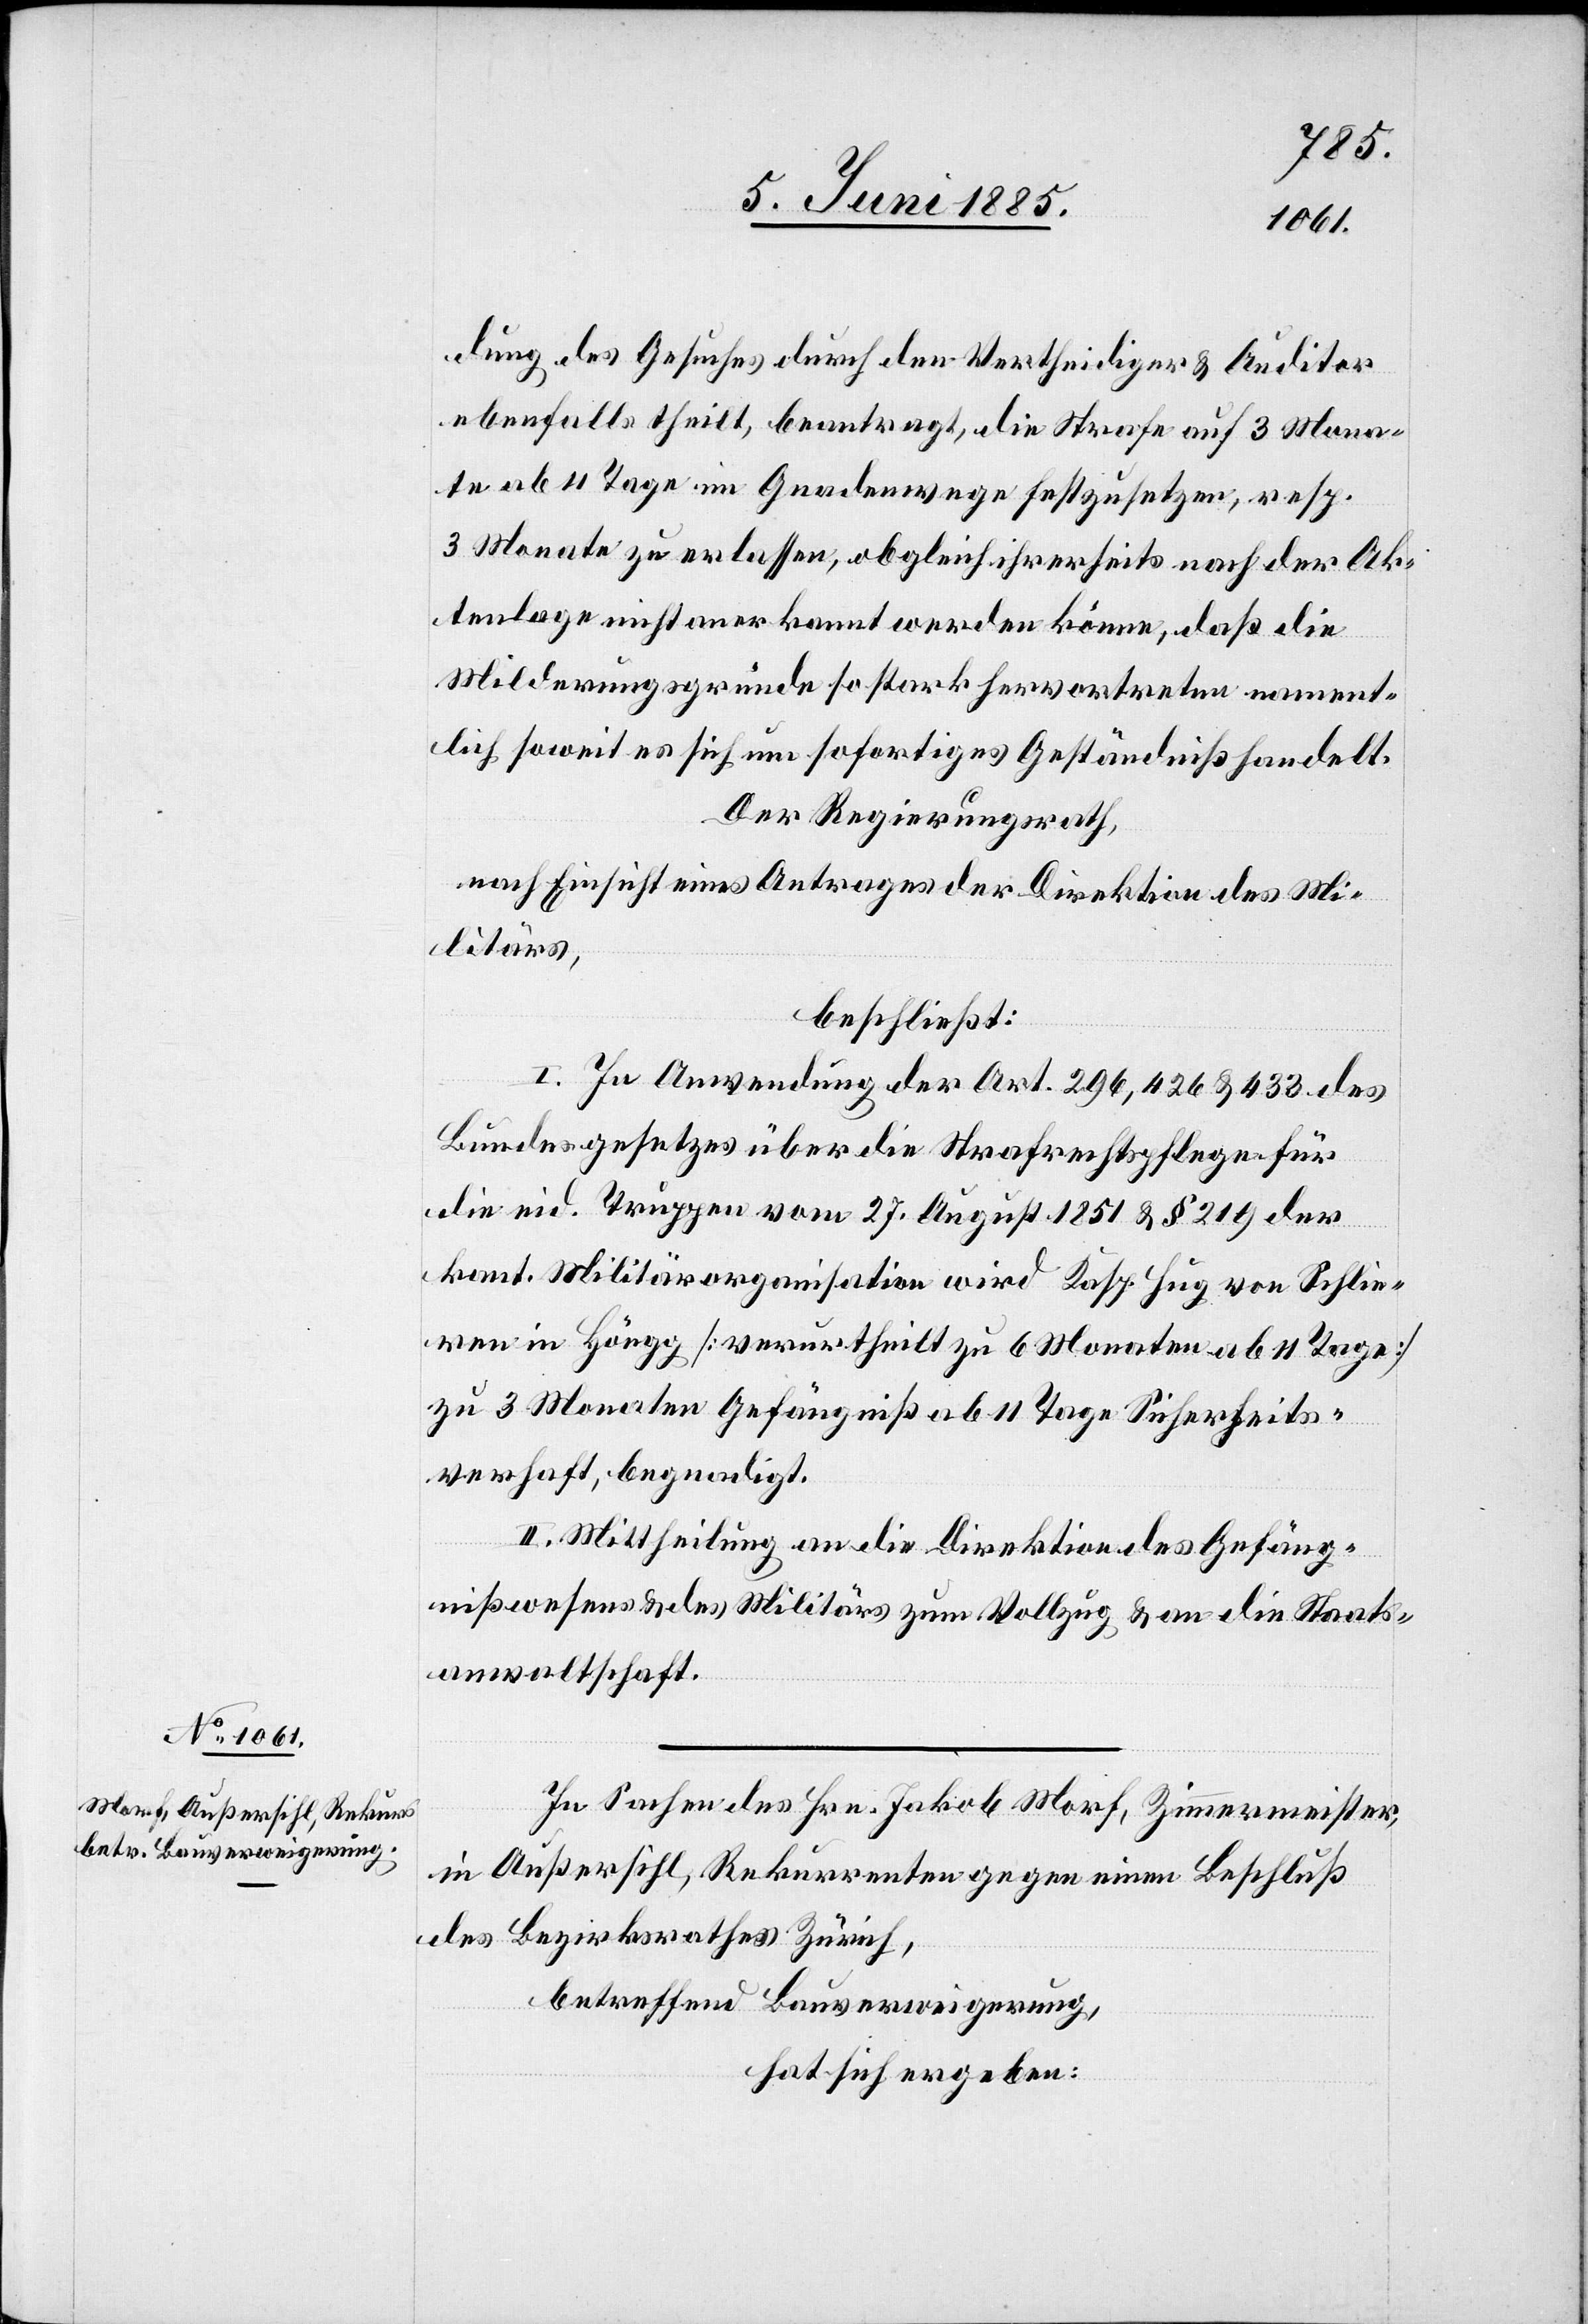
dung des Gesuches durch den Vertheidiger & Auditor
ebenfalls theilt, beantragt, die Strafe auf 3 Mona¬
te ab 4 Tage im Gnadenwege festzusetzen, resp.
3 Monate zu erlassen, obgleich ihrerseits nach der Ak¬
tenlage nicht anerkannt werden könne, daß die
Milderungsgründe so stark hervortreten nament¬
lich soweit es sich um sofortiges Geständniß handelt.
Der Regierungsrath,
nach Einsicht eines Antrages der Direktion des Mi¬
litärs,
beschließt:
I. In Anwendung der Art. 296, 426 & 433 des
Bundesgesetzes über die Strafrechtspflege für
die eid. Truppen vom 27. August 1851 & § 219 der
n
kant. Militärorganisation wird Kasp. Hug von Schliere¬
zu 3 Monaten Gefängniß ab 11 Tage Sicherheits¬
verhaft, begnadigt.
II. Mittheilung an die Direktion des Gefäng¬
nißwesens & des Militärs zum Vollzug & an die Staats¬
anwaltschaft.
In Sachen des Hrn. Jakob Morf, Zimmermeister,
in Außersihl, Rekurrenten gegen einen Beschluß
des Bezirksrathes Zürich,
betreffend Bauverweigerung,
hat sich ergeben: